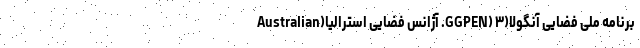
برنامه ملی فضایی آنگولا(GGPEN) ۳. آژانس فضایی استرالیا(Australian